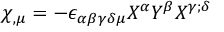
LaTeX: \chi _ { , \mu } = - \epsilon _ { \alpha \beta \gamma \delta \mu } X ^ { \alpha } Y ^ { \beta } X ^ { \gamma ; \delta }